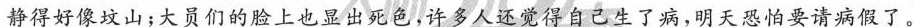
静得好像坟山;大员们的脸上也显出死色,许多人还觉得自己生了病,明天恐怕要请病假了。